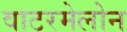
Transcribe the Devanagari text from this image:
वाटरमेलोन